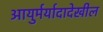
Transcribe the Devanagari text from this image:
आयुर्मर्यादादेखील